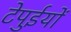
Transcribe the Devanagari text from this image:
टेपुईयों